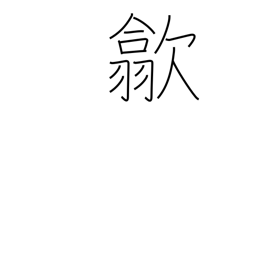
Meaning: put away